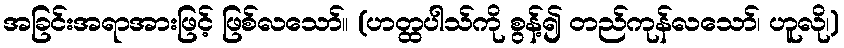
အခြင်းအရာအားဖြင့် ဖြစ်လသော်။ (ဟတ္ထပါသ်ကို စွန့်၍ တည်ကုန်လသော်၊ ဟူလို၊)